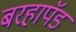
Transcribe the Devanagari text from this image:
बरहापॅड